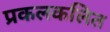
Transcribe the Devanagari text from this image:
प्रकलकलित